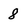
Character: 8